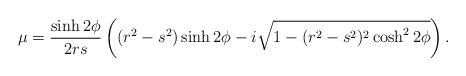
LaTeX: \begin{align*} \mu = \frac{\sinh 2\phi}{2rs}\left( (r^2-s^2) \sinh 2\phi - i \sqrt{1-(r^2-s^2)^2 \cosh^2 2\phi} \right). \end{align*}